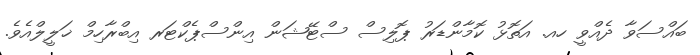
ބައްސަވާ ދެއްވީ ހއ. އަތޮޅު ކޮމާންޑަރު ޕޮލިސް ސްޓޭޝަން އިންސްޕެކްޓަރ އިބްރާހިމް ޚަލީލްއެވެ.